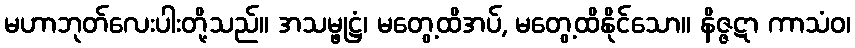
မဟာဘုတ်လေးပါးတို့သည်။ အသမ္ဖုဋ္ဌံ၊ မတွေ့ထိအပ်, မတွေ့ထိနိုင်သော။ နိဇ္ဇဋာ ကာသံဝ၊